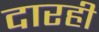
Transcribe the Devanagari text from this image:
दारही